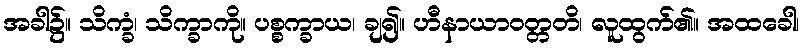
အခါ၌။ သိက္ခံ၊ သိက္ခာကို။ ပစ္စက္ခာယ၊ ချ၍။ ဟီနာယာဝတ္တတိ၊ လူထွက်၏။ အထခေါ၊